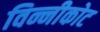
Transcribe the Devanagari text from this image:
विन्नीकोट